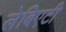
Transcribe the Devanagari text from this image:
लेबिएटी